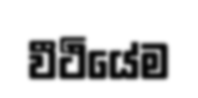
වීථියේම